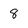
Character: 8